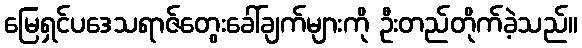
မြေရှင်ပဒေသရာဇ်တွေးခေါ်ချက်များကို ဦးတည်တိုက်ခဲ့သည်။